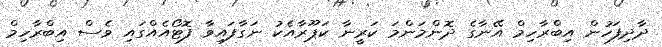
ދާދިފަހުން އިބްރާހިމް އޭނާގެ ދޮންމަންމަ ކަރީނާ ކަޕޫރާއެކު ނަގާފައިވާ ފޮޓޯއެއްގައި ވެސް އިބްރާހިމް